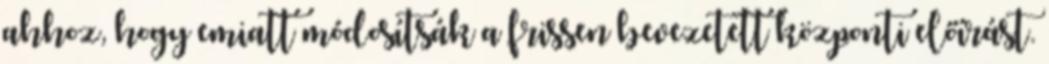
ahhoz, hogy emiatt módosítsák a frissen bevezetett központi előírást.